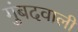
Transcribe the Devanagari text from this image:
गुंबदवाली